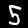
Digit: 5